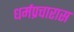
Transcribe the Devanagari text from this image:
धर्मप्रचारास